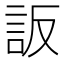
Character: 䛀